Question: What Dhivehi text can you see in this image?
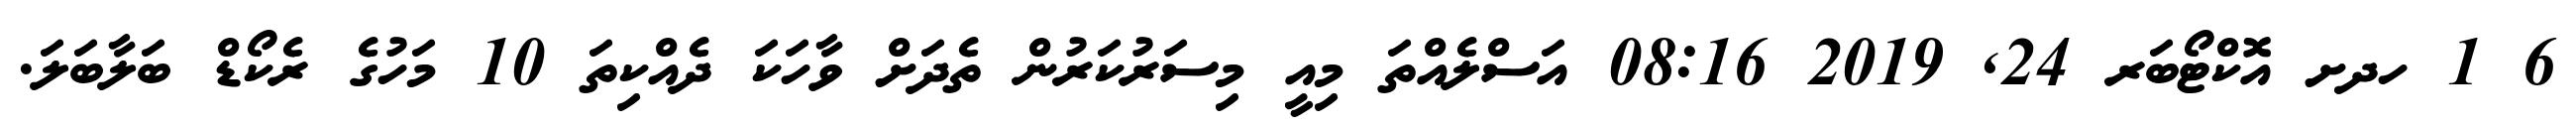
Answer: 6 1 ހދށ އޮކްޓޯބަރ 24, 2019 08:16 އަސްލެއްތަ މިއީ މިސަރުކަރުން ތެދަށް ވާހަކަ ދެއްކިތަ 10 މަހުގެ ރެކޯޑް ބަލާބަލަ.